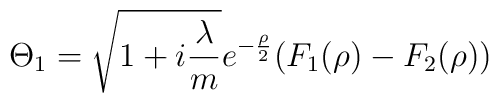
\Theta _1=\sqrt{1+i\frac \lambda m}e^{-\frac \rho 2}(F_1(\rho )-F_2(\rho))